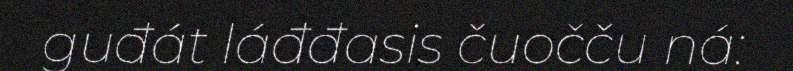
guđát láđđasis čuočču ná: